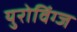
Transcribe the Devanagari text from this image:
युरोविंग्ज